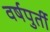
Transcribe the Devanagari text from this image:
वर्षपुर्ती